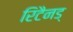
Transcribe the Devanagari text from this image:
रिटैनड्